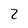
Character: 2